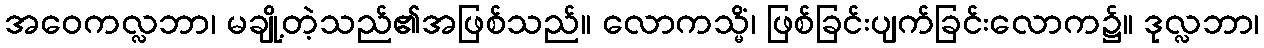
အဝေကလ္လဘာ၊ မချို့တဲ့သည်၏အဖြစ်သည်။ လောကသ္မိံ၊ ဖြစ်ခြင်းပျက်ခြင်းလောက၌။ ဒုလ္လဘာ၊